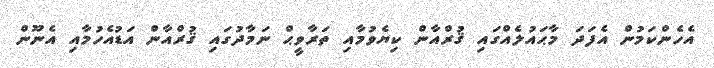
އެހެންކަމުން އެފަދަ މާޙައުލެއްގައި ޤުރްއާން ކިޔެވުމާއި ތަރާވީޙް ނަމާދުގައި ޤުރްއާން އަޑުއެހުމާއި އެނޫން